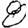
Digit: 8